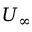
U _ { \infty }